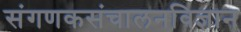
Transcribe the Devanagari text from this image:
संगणकसंचालनविज्ञान